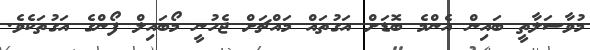
މުވާސަލާތީ ބައިން އެންމެ ބޮޑަށް އަގުތައް މައްޗަށް ޖެހުނީ މޯބައިލް ފޯންގެ އަގުތަކެވެ.